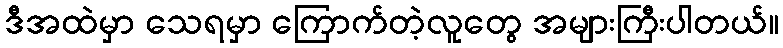
ဒီအထဲမှာ သေရမှာ ကြောက်တဲ့လူတွေ အများကြီးပါတယ်။